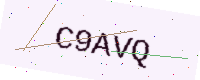
Text: C9AVQ